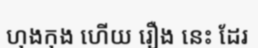
ហុងកុង ហើយ រឿង នេះ ដែរ